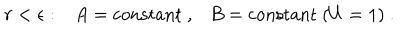
LaTeX: r < \epsilon : A = \mathrm { c o n s t a n t } ~ , B = \mathrm { c o n s t a n t } ~ ( U = 1 ) ~ .